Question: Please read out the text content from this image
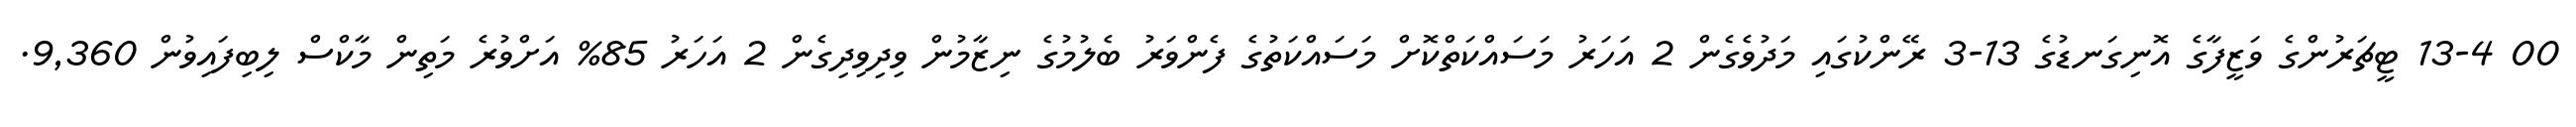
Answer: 00 13-4 ޓީޗަރުންގެ ވަޒީފާގެ އޮނިގަނޑުގެ 13-3 ރޭންކުގައި މަދުވެގެން 2 އަހަރު މަސައްކަތްކޮށް މަސައްކަތުގެ ފެންވަރު ބެލުމުގެ ނިޒާމުން ވިދިވިދިގެން 2 އަހަރު 85% އަށްވުރެ މަތިން މާކްސް ލިބިފައިވުން 9,360.